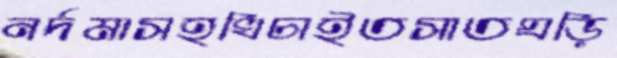
নর্দমাসহখিচাইতসাতঘড়ি